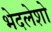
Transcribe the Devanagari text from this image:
भेदलेशो